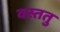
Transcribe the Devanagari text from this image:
वस्ततु